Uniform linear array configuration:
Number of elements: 48
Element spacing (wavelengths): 0.5
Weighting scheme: hann
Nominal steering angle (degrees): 15
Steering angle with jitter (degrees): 16.978
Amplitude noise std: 0.05
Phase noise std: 0.05

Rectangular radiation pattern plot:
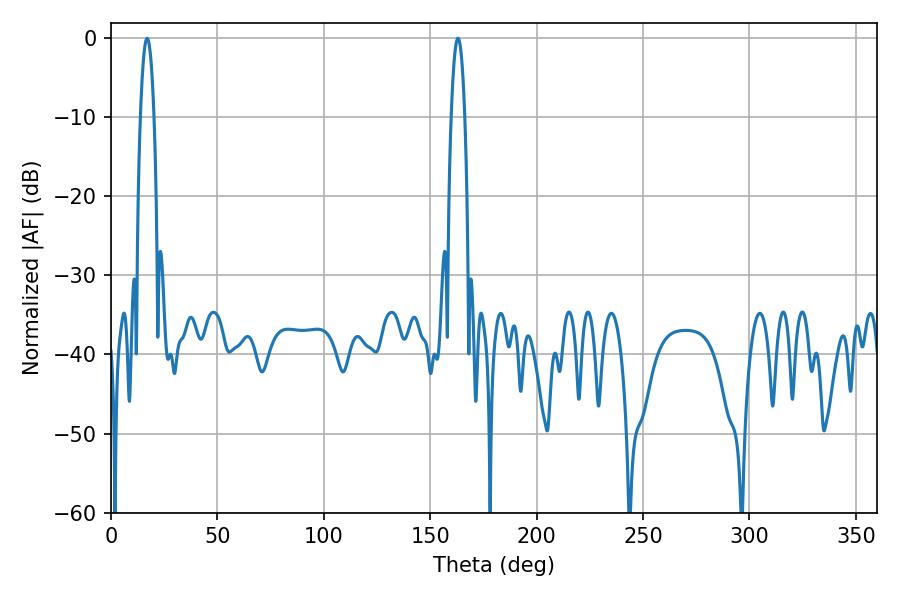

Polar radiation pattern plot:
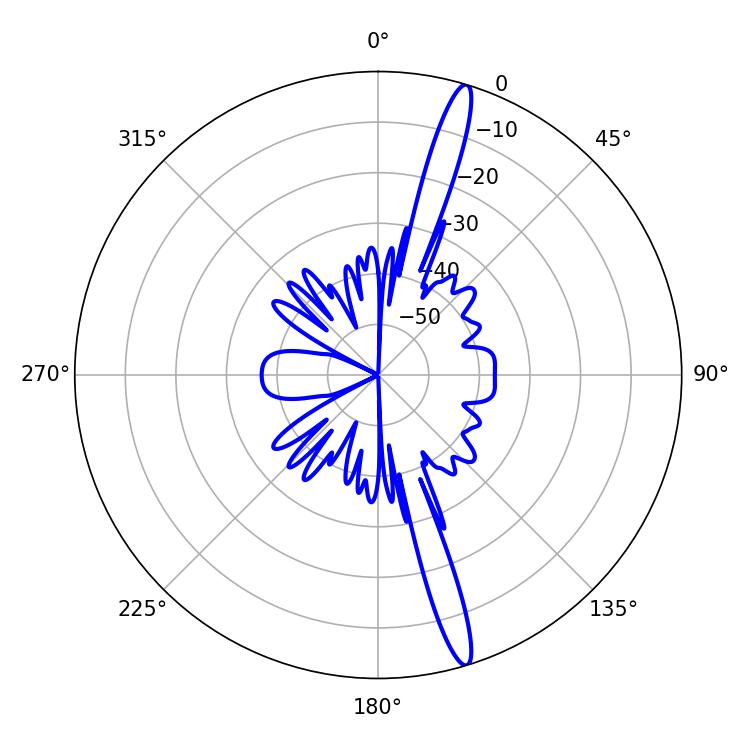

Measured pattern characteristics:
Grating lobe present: FALSE
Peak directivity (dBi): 17.078
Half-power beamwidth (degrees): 3.42
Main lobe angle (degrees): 16.92